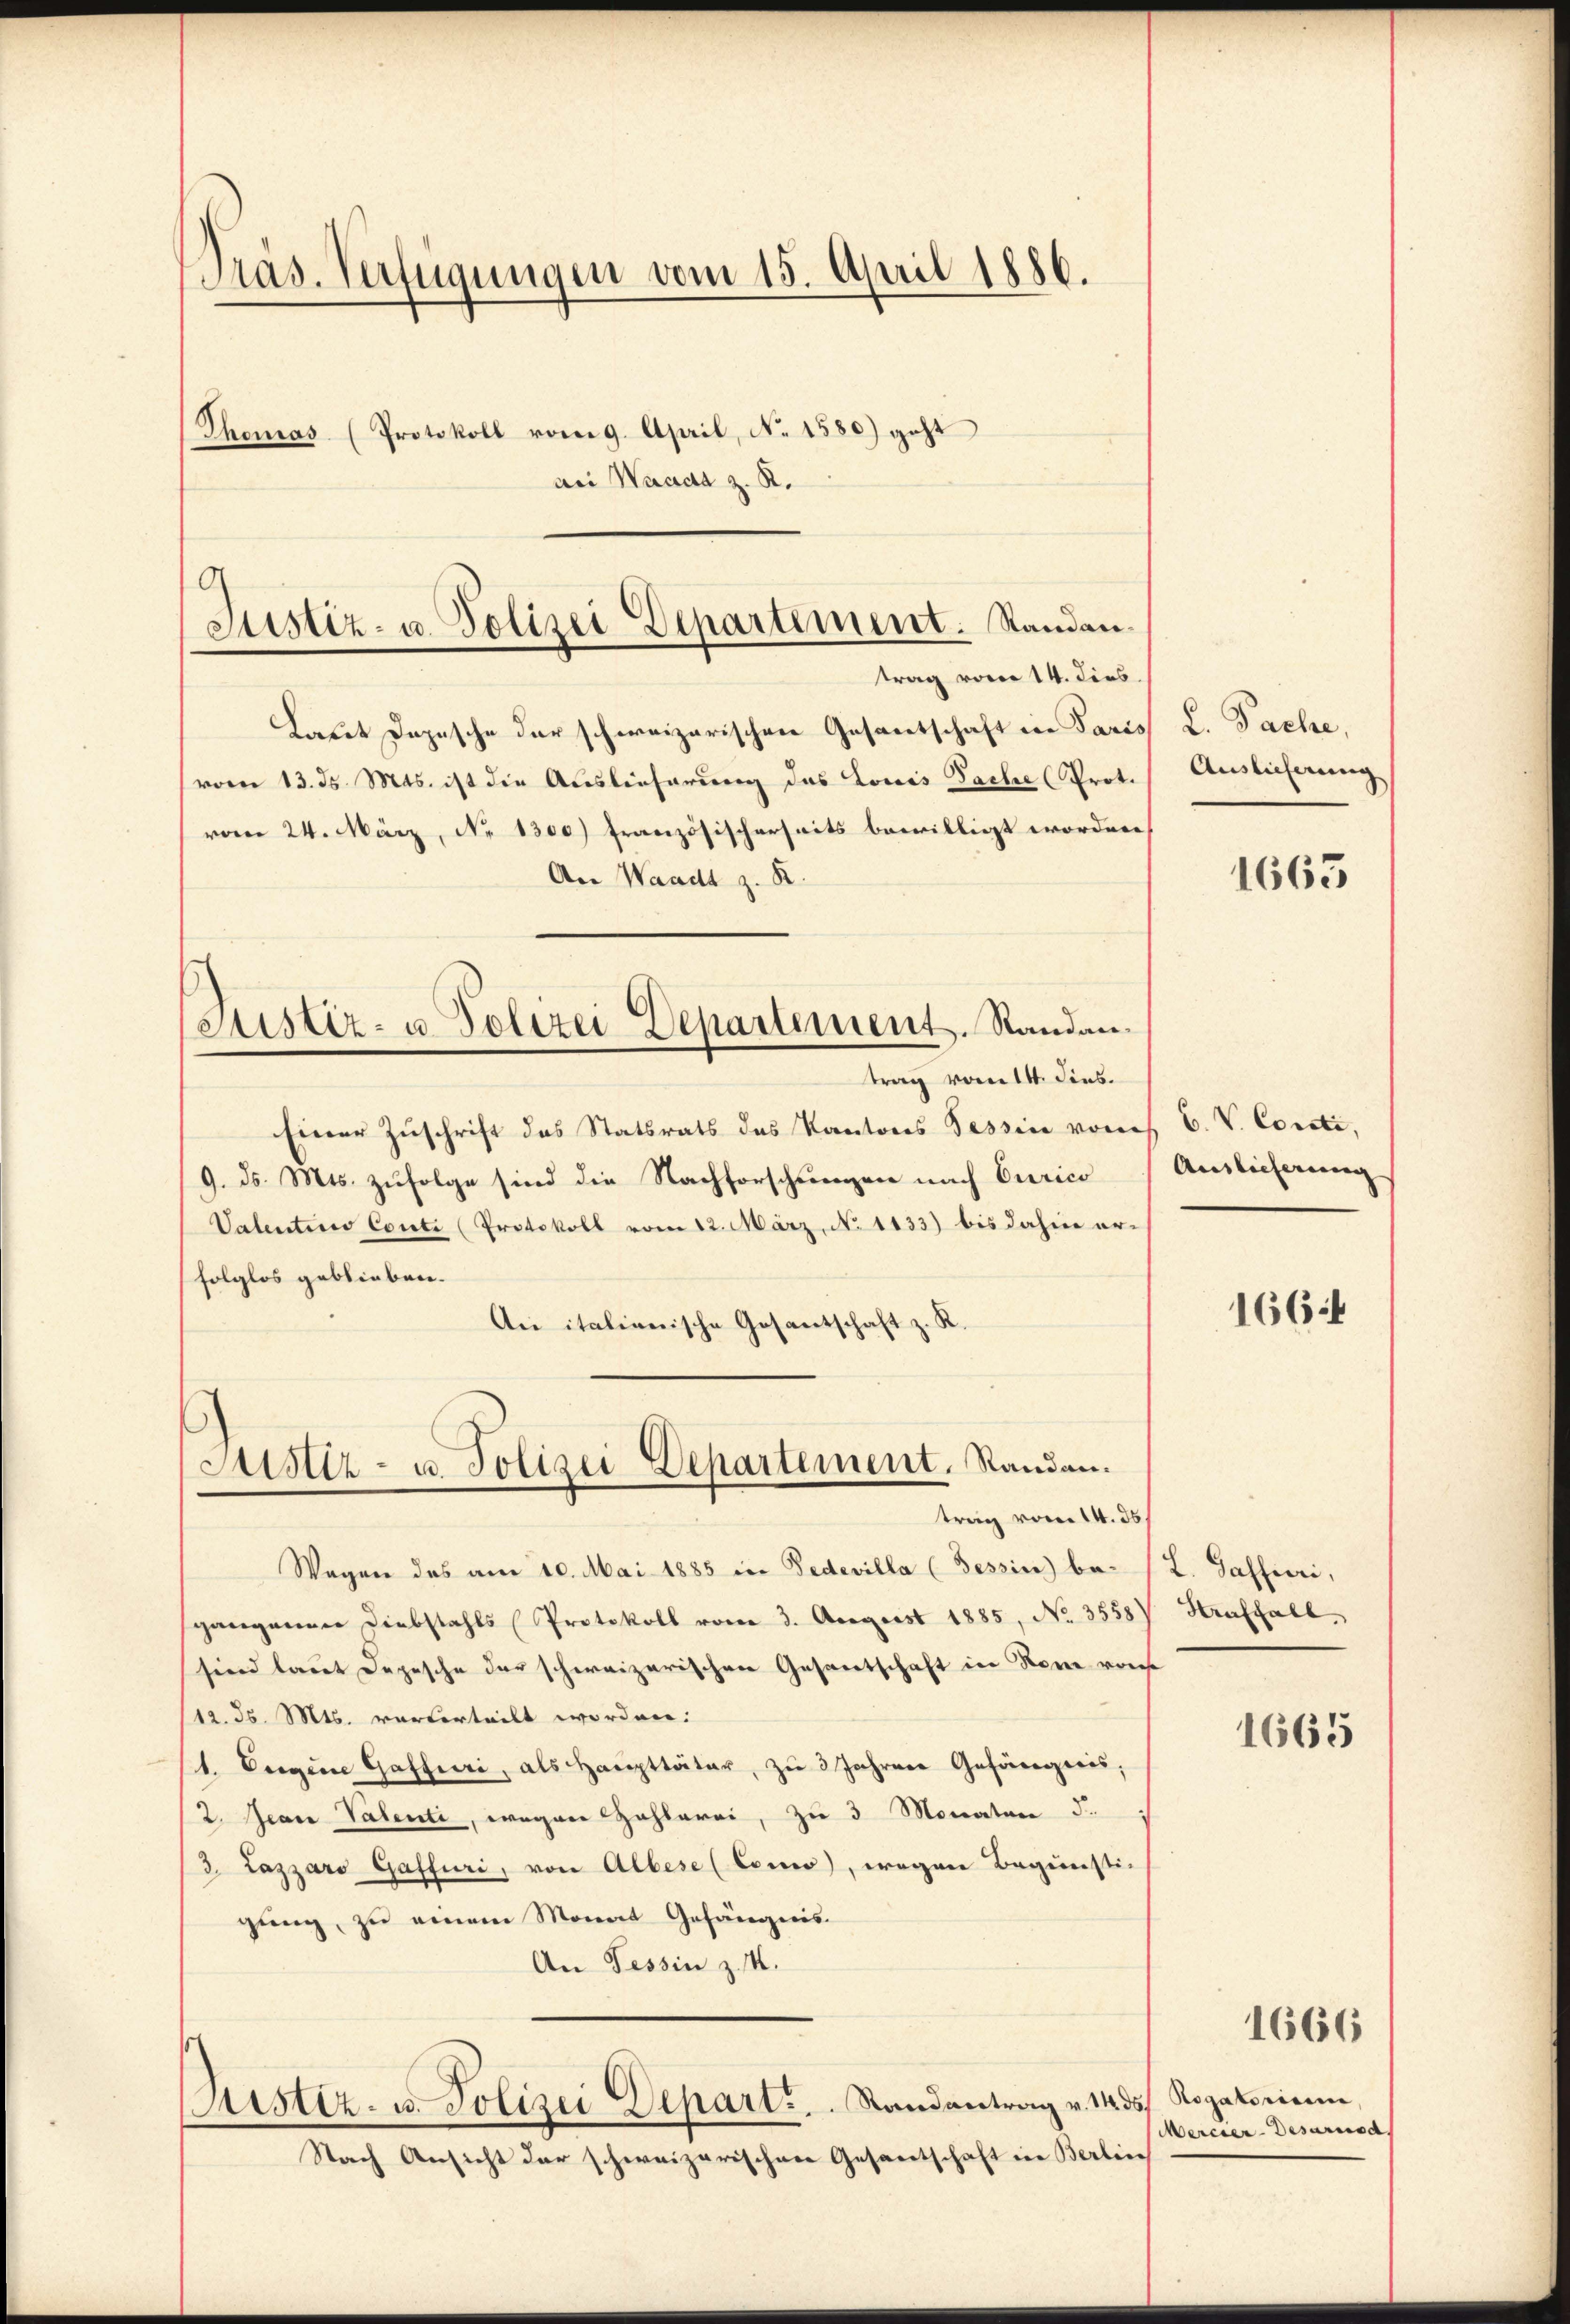
Präs. Verfügungen vom 15. April 1886.

9.
Justiz- u. Polizei Departement. Standantrag von 14. dies

Thomas (Protokoll vom 9. April, No 1580) geht
aei Waadt z. R.
Laut Depesche der schweizerischen Gesantschaft in Paris
vom 13. ds. Mts. ist die Auslieferung das Louis Sache (Prot.
vom 24. März, No 1300) französischerseits bewilligt worden,
Are Waadt z. R.
Justiz- u. Polizei Departement. Standantrag vom 14. dies
Einer Zuschrift des Statsrats des Kantons Tessin von E. V. Corati,
9. ds. Mts. zufolge sind die Nachforschungen nach Curico
Valentino Conti (Protokoll vom 12. März, No 1133) bis dahin erfolglos geblieben.
An italienische Gesantschaft z. R.

Justiz- u. Polizei Departement, Randen.
trag vom 14. ds

Wagen des am 10. Mai 1885 in Fedevilla (Tessin be-
gangenen Diebstahls Protokoll vom 3. August 1885, No 3558)
sind laut Depesche der schweizerischen Gesantschaft in Sonne von
/12. d. Mts. vorterteilt worden:
1. Eigene Gasfuri, als Haŭpttäter, zu 3 Jahren Gefängweis;
2. Jean Valenti, wegen Zahlerei, zu 3 Monaten d.
3. Lazzaro Gasfuri, von Albese (Como, wegen Begünsti-
gung, zu einem Monat Gefängnis.
An Tessin z. K.
Zustiz- u. Polizei Depart. Randantrag v. 1435 Rogatorium,
Nach Ansicht der schweizerischen Gesantschaft in Berlin

L. Pache,
Auslieferung

1665

Auslieferung

166:

L. Gassieri,
Hraffall

1665

Mercier-Desarisa,

1666